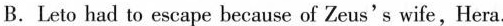
B.Leto had to escape because of Zeus's wife,Hera.